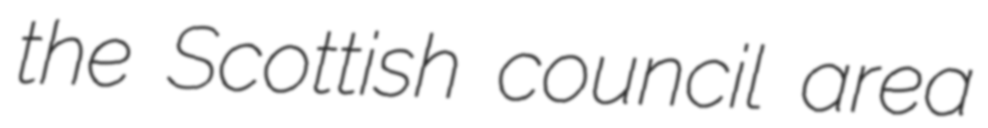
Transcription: the Scottish council area